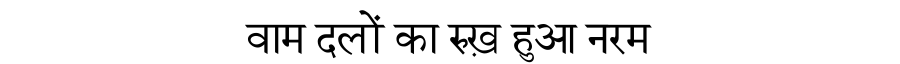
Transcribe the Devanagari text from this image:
वाम दलों का रुख़ हुआ नरम